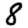
Digit: 8